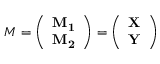
\boldsymbol { M } = \left( \begin{array} { l } { \mathbf { M _ { 1 } } } \\ { \mathbf { M _ { 2 } } } \end{array} \right) = \left( \begin{array} { l } { \mathbf { \mathbf { X } } } \\ { \mathbf { \mathbf { Y } } } \end{array} \right)